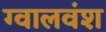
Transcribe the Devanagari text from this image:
ग्वालवंश